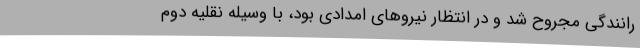
رانندگی مجروح شد و در انتظار نیروهای امدادی بود، با وسیله نقلیه دوم